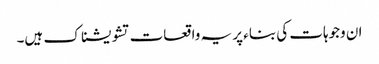
ان وجوہات کی بناء پر یہ واقعات تشویشناک ہیں۔